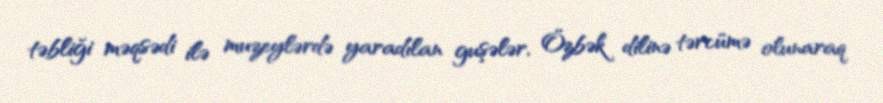
təbliği məqsədi ilə muzeylərdə yaradılan guşələr, Özbək dilinə tərcümə olunaraq